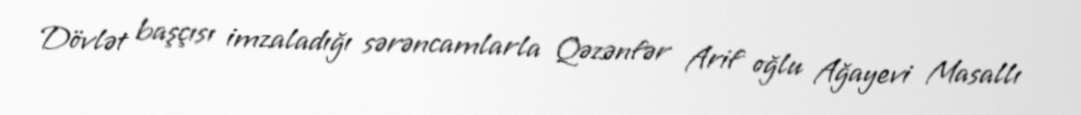
Dövlət başçısı imzaladığı sərəncamlarla Qəzənfər Arif oğlu Ağayevi Masallı